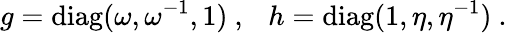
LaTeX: g={\mathrm{diag}}(\omega,\omega^{-1},1)~,~~~h={\mathrm{diag}}(1,\eta,\eta^{-1})~.